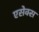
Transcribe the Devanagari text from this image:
एसेक्‍स